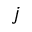
\boldsymbol { j }